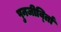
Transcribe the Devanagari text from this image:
पुनजीर्व्ताि